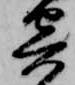
寄